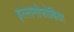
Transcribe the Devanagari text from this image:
इस्लामोफोबिया